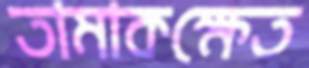
তামাকক্ষেত